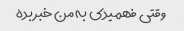
وقتی فهمیدی به من خبر بده